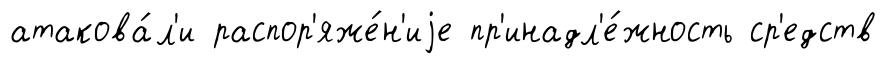
атакова́л'и распор'яже́н'иjе пр'инадл'е́жность ср'едств